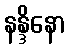
နန္ဒိနော